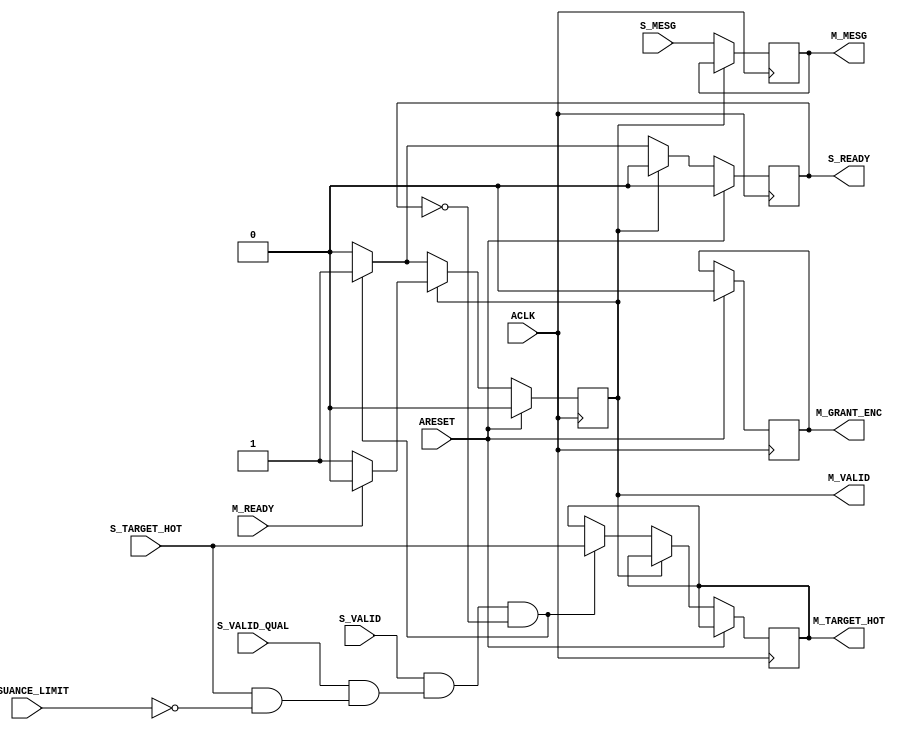
// -- (c) Copyright 2009 - 2011 Xilinx, Inc. All rights reserved.
// --
// -- This file contains confidential and proprietary information
// -- of Xilinx, Inc. and is protected under U.S. and 
// -- international copyright and other intellectual property
// -- laws.
// --
// -- DISCLAIMER
// -- This disclaimer is not a license and does not grant any
// -- rights to the materials distributed herewith. Except as
// -- otherwise provided in a valid license issued to you by
// -- Xilinx, and to the maximum extent permitted by applicable
// -- law: (1) THESE MATERIALS ARE MADE AVAILABLE "AS IS" AND
// -- WITH ALL FAULTS, AND XILINX HEREBY DISCLAIMS ALL WARRANTIES
// -- AND CONDITIONS, EXPRESS, IMPLIED, OR STATUTORY, INCLUDING
// -- BUT NOT LIMITED TO WARRANTIES OF MERCHANTABILITY, NON-
// -- INFRINGEMENT, OR FITNESS FOR ANY PARTICULAR PURPOSE; and
// -- (2) Xilinx shall not be liable (whether in contract or tort,
// -- including negligence, or under any other theory of
// -- liability) for any loss or damage of any kind or nature
// -- related to, arising under or in connection with these
// -- materials, including for any direct, or any indirect,
// -- special, incidental, or consequential loss or damage
// -- (including loss of data, profits, goodwill, or any type of
// -- loss or damage suffered as a result of any action brought
// -- by a third party) even if such damage or loss was
// -- reasonably foreseeable or Xilinx had been advised of the
// -- possibility of the same.
// --
// -- CRITICAL APPLICATIONS
// -- Xilinx products are not designed or intended to be fail-
// -- safe, or for use in any application requiring fail-safe
// -- performance, such as life-support or safety devices or
// -- systems, Class III medical devices, nuclear facilities,
// -- applications related to the deployment of airbags, or any
// -- other applications that could lead to death, personal
// -- injury, or severe property or environmental damage
// -- (individually and collectively, "Critical
// -- Applications"). Customer assumes the sole risk and
// -- liability of any use of Xilinx products in Critical
// -- Applications, subject only to applicable laws and
// -- regulations governing limitations on product liability.
// --
// -- THIS COPYRIGHT NOTICE AND DISCLAIMER MUST BE RETAINED AS
// -- PART OF THIS FILE AT ALL TIMES.
//-----------------------------------------------------------------------------
//
//
// Description: 
//   Instantiates generic priority encoder.
//   Each request is qualified if its target has not reached its issuance limit.
//   Muxes mesg and target inputs based on arbitration results.
//-----------------------------------------------------------------------------
//
// Structure:
//    addr_arbiter
//      mux_enc
//-----------------------------------------------------------------------------

`timescale 1ps/1ps
`default_nettype none

module addr_arbiter #
  (
   parameter         C_FAMILY                         = "none", 
   parameter integer C_NUM_S                = 1, 
   parameter integer C_NUM_S_LOG                = 1, 
   parameter integer C_NUM_M               = 1, 
   parameter integer C_MESG_WIDTH                 = 1, 
   parameter         C_ARB_PRIORITY     = {16{32'h00000000}}
                       // Arbitration priority among each SI slot. 
                       // Higher values indicate higher priority.
                       // Format: C_NUM_SLAVE_SLOTS{Bit32};
                       // Range: 'h0-'hF.
   )
  (
   // Global Signals
   input  wire                                      ACLK,
   input  wire                                      ARESET,
   // Slave Ports
   input  wire [C_NUM_S*C_MESG_WIDTH-1:0]  S_MESG,
   input  wire [C_NUM_S*C_NUM_M-1:0]                S_TARGET_HOT,
   input  wire [C_NUM_S-1:0]                S_VALID,
   input  wire [C_NUM_S-1:0]                S_VALID_QUAL,
   output wire [C_NUM_S-1:0]                S_READY,
   // Master Ports
   output wire [C_MESG_WIDTH-1:0]                    M_MESG,
   output wire [C_NUM_M-1:0]                           M_TARGET_HOT,
   output wire [C_NUM_S_LOG-1:0]                      M_GRANT_ENC,
   output wire                                        M_VALID,
   input  wire                                        M_READY,
   // Sideband input
   input  wire [C_NUM_M-1:0]                ISSUANCE_LIMIT
   );
   
  // Generates a mask for all input slots that are priority based
  function [C_NUM_S-1:0] f_prio_mask
    (
      input integer null_arg
    );
    reg   [C_NUM_S-1:0]            mask;
    integer                        i;    
    begin
      mask = 0;    
      for (i=0; i < C_NUM_S; i=i+1) begin
        mask[i] = (C_ARB_PRIORITY[i*32+:32] != 0);
      end 
      f_prio_mask = mask;
    end   
  endfunction
  
  // Convert 16-bit one-hot to 4-bit binary
  function [3:0] f_hot2enc
    (
      input [15:0]  one_hot
    );
    begin
      f_hot2enc[0] = |(one_hot & 16'b1010101010101010);
      f_hot2enc[1] = |(one_hot & 16'b1100110011001100);
      f_hot2enc[2] = |(one_hot & 16'b1111000011110000);
      f_hot2enc[3] = |(one_hot & 16'b1111111100000000);
    end
  endfunction

  // THESE SETTINGS CONTROL WHEN EXTRA HANDSHAKE PIPELINING IS INSERTED BETWEEN ADDRESS DECODER AND ARBITER
  localparam P_PRIO_MASK = f_prio_mask(0);

  reg                     m_valid_i;
  reg [C_NUM_S-1:0]       s_ready_i;
  reg [C_NUM_S-1:0]       qual_reg;
  reg [C_NUM_S-1:0]       grant_hot; 
  reg [C_NUM_S-1:0]       last_rr_hot;
  reg                     any_grant;
  reg                     any_prio;
  reg                     found_prio;
  reg [C_NUM_S-1:0]       which_prio_hot;
  reg [C_NUM_S-1:0]       next_prio_hot;
  reg [C_NUM_S_LOG-1:0]   which_prio_enc;          
  reg [C_NUM_S_LOG-1:0]   next_prio_enc;    
  reg [4:0]               current_highest;
  wire [C_NUM_S-1:0]      valid_rr;
  reg [15:0]              next_rr_hot;
  reg [C_NUM_S_LOG-1:0]   next_rr_enc;    
  reg [C_NUM_S*C_NUM_S-1:0] carry_rr;
  reg [C_NUM_S*C_NUM_S-1:0] mask_rr;
  reg                     found_rr;
  wire [C_NUM_S-1:0]      next_hot;
  wire [C_NUM_S_LOG-1:0]  next_enc;    
  reg                     prio_stall;
  integer                 i;
  wire [C_NUM_S-1:0]      valid_qual_i;
  reg  [C_NUM_S_LOG-1:0]  m_grant_enc_i;
  reg  [C_NUM_M-1:0]      m_target_hot_i;
  wire [C_NUM_M-1:0]      m_target_hot_mux;
  reg  [C_MESG_WIDTH-1:0] m_mesg_i;
  wire [C_MESG_WIDTH-1:0] m_mesg_mux;
  genvar                  gen_si;

  assign M_VALID = m_valid_i;
  assign S_READY = s_ready_i;
  assign M_GRANT_ENC = m_grant_enc_i;
  assign M_MESG = m_mesg_i;
  assign M_TARGET_HOT = m_target_hot_i;
  
  generate
    if (C_NUM_S>1) begin : gen_arbiter
      
      always @(posedge ACLK) begin
        if (ARESET) begin
          qual_reg <= 0;
        end else begin 
          qual_reg <= valid_qual_i;
        end
      end
    
      for (gen_si=0; gen_si<C_NUM_S; gen_si=gen_si+1) begin : gen_req_qual
        assign valid_qual_i[gen_si] = S_VALID_QUAL[gen_si] & (|(S_TARGET_HOT[gen_si*C_NUM_M+:C_NUM_M] & ~ISSUANCE_LIMIT));
      end
    
      /////////////////////////////////////////////////////////////////////////////
      // Grant a new request when there is none still pending.
      // If no qualified requests found, de-assert M_VALID.
      /////////////////////////////////////////////////////////////////////////////
      
      assign next_hot = found_prio ? next_prio_hot : next_rr_hot;
      assign next_enc = found_prio ? next_prio_enc : next_rr_enc;
      
      always @(posedge ACLK) begin
        if (ARESET) begin
          m_valid_i <= 0;
          s_ready_i <= 0;
          grant_hot <= 0;
          any_grant <= 1'b0;
          m_grant_enc_i <= 0;
          last_rr_hot <= {1'b1, {C_NUM_S-1{1'b0}}};
          m_target_hot_i <= 0;
        end else begin
          s_ready_i <= 0;
          if (m_valid_i) begin
            // Stall 1 cycle after each master-side completion.
            if (M_READY) begin  // Master-side completion
              m_valid_i <= 1'b0;
              grant_hot <= 0;
              any_grant <= 1'b0;
            end
          end else if (any_grant) begin
            m_valid_i <= 1'b1;
            s_ready_i <= grant_hot;  // Assert S_AW/READY for 1 cycle to complete SI address transfer (regardless of M_AREADY)
          end else begin
            if ((found_prio | found_rr) & ~prio_stall) begin
              // Waste 1 cycle and re-arbitrate if target of highest prio hit issuance limit in previous cycle (valid_qual_i).
              if (|(next_hot & valid_qual_i)) begin  
                grant_hot <= next_hot;
                m_grant_enc_i <= next_enc;
                any_grant <= 1'b1;
                if (~found_prio) begin
                  last_rr_hot <= next_rr_hot;
                end
                m_target_hot_i <= m_target_hot_mux;
              end
            end
          end
        end
      end
    
      /////////////////////////////////////////////////////////////////////////////
      // Fixed Priority arbiter
      // Selects next request to grant from among inputs with PRIO > 0, if any.
      /////////////////////////////////////////////////////////////////////////////
          
      always @ * begin : ALG_PRIO
        integer ip;
        any_prio = 1'b0;
        prio_stall = 1'b0;
        which_prio_hot = 0;        
        which_prio_enc = 0;    
        current_highest = 0;    
        for (ip=0; ip < C_NUM_S; ip=ip+1) begin
          // Disqualify slot if target hit issuance limit (pass to lower prio slot).
          if (P_PRIO_MASK[ip] & S_VALID[ip] & qual_reg[ip]) begin
            if ({1'b0, C_ARB_PRIORITY[ip*32+:4]} > current_highest) begin
              current_highest[0+:4] = C_ARB_PRIORITY[ip*32+:4];
              // Stall 1 cycle when highest prio is recovering from SI-side handshake.
              // (Do not allow lower-prio slot to win arbitration.)
              if (s_ready_i[ip]) begin
                any_prio = 1'b0;
                prio_stall = 1'b1;
                which_prio_hot = 0;
                which_prio_enc = 0;
              end else begin
                any_prio = 1'b1;
                which_prio_hot = 1'b1 << ip;
                which_prio_enc = ip;
              end
            end
          end   
        end
        found_prio = any_prio;
        next_prio_hot = which_prio_hot;
        next_prio_enc = which_prio_enc;
      end
     
      /////////////////////////////////////////////////////////////////////////////
      // Round-robin arbiter
      // Selects next request to grant from among inputs with PRIO = 0, if any.
      /////////////////////////////////////////////////////////////////////////////
      
      // Disqualify slot if target hit issuance limit 2 or more cycles earlier (pass to next RR slot).
      // Disqualify for 1 cycle a slot that is recovering from SI-side handshake (s_ready_i),
      //   and allow arbitration to pass to any other RR requester.
      assign valid_rr = ~P_PRIO_MASK & S_VALID & ~s_ready_i & qual_reg;
      
      always @ * begin : ALG_RR
        integer ir, jr, nr;
        next_rr_hot = 0;
        for (ir=0;ir<C_NUM_S;ir=ir+1) begin
          nr = (ir>0) ? (ir-1) : (C_NUM_S-1);
          carry_rr[ir*C_NUM_S] = last_rr_hot[nr];
          mask_rr[ir*C_NUM_S] = ~valid_rr[nr];
          for (jr=1;jr<C_NUM_S;jr=jr+1) begin
            nr = (ir-jr > 0) ? (ir-jr-1) : (C_NUM_S+ir-jr-1);
            carry_rr[ir*C_NUM_S+jr] = carry_rr[ir*C_NUM_S+jr-1] | (last_rr_hot[nr] & mask_rr[ir*C_NUM_S+jr-1]);
            if (jr < C_NUM_S-1) begin
              mask_rr[ir*C_NUM_S+jr] = mask_rr[ir*C_NUM_S+jr-1] & ~valid_rr[nr];
            end
          end   
          next_rr_hot[ir] = valid_rr[ir] & carry_rr[(ir+1)*C_NUM_S-1];
        end
        next_rr_enc = f_hot2enc(next_rr_hot);
        found_rr = |(next_rr_hot);
      end
  
      mux_enc # 
        (
         .C_FAMILY      (C_FAMILY),
         .C_RATIO       (C_NUM_S),
         .C_SEL_WIDTH   (C_NUM_S_LOG),
         .C_DATA_WIDTH  (C_MESG_WIDTH)
        ) mux_mesg 
        (
         .S   (m_grant_enc_i),
         .A   (S_MESG),
         .O   (m_mesg_mux),
         .OE  (1'b1)
        ); 
        
      mux_enc # 
        (
         .C_FAMILY      (C_FAMILY),
         .C_RATIO       (C_NUM_S),
         .C_SEL_WIDTH   (C_NUM_S_LOG),
         .C_DATA_WIDTH  (C_NUM_M)
        ) si_amesg_mux_inst 
        (
         .S   (next_enc),
         .A   (S_TARGET_HOT),
         .O   (m_target_hot_mux),
         .OE  (1'b1)
        ); 
        
      always @(posedge ACLK) begin
        if (~m_valid_i) begin
          m_mesg_i <= m_mesg_mux;
        end
      end
    
    end else begin : gen_no_arbiter
      
      assign valid_qual_i = S_VALID_QUAL & |(S_TARGET_HOT & ~ISSUANCE_LIMIT);
      
      always @ (posedge ACLK) begin
        if (ARESET) begin
          m_valid_i <= 1'b0;
          s_ready_i <= 1'b0;
          m_grant_enc_i <= 0;
        end else begin
          s_ready_i <= 1'b0;
          if (m_valid_i) begin
            if (M_READY) begin
              m_valid_i <= 1'b0;
            end
          end else if (S_VALID[0] & valid_qual_i[0] & ~s_ready_i) begin
            m_valid_i <= 1'b1;
            s_ready_i <= 1'b1;
            m_target_hot_i <= S_TARGET_HOT;
          end
        end
      end
      always @(posedge ACLK) begin
        if (~m_valid_i) begin
          m_mesg_i <= S_MESG;
        end
      end
      
      
    end  // gen_arbiter
  endgenerate
endmodule

`default_nettype wire